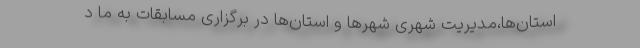
استان‌ها،‌مدیریت شهری شهرها و استان‌ها در برگزاری مسابقات به ما د